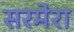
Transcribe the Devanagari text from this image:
सरमेरा